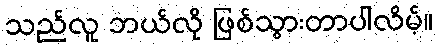
သည်လူ ဘယ်လို ဖြစ်သွားတာပါလိမ့်။